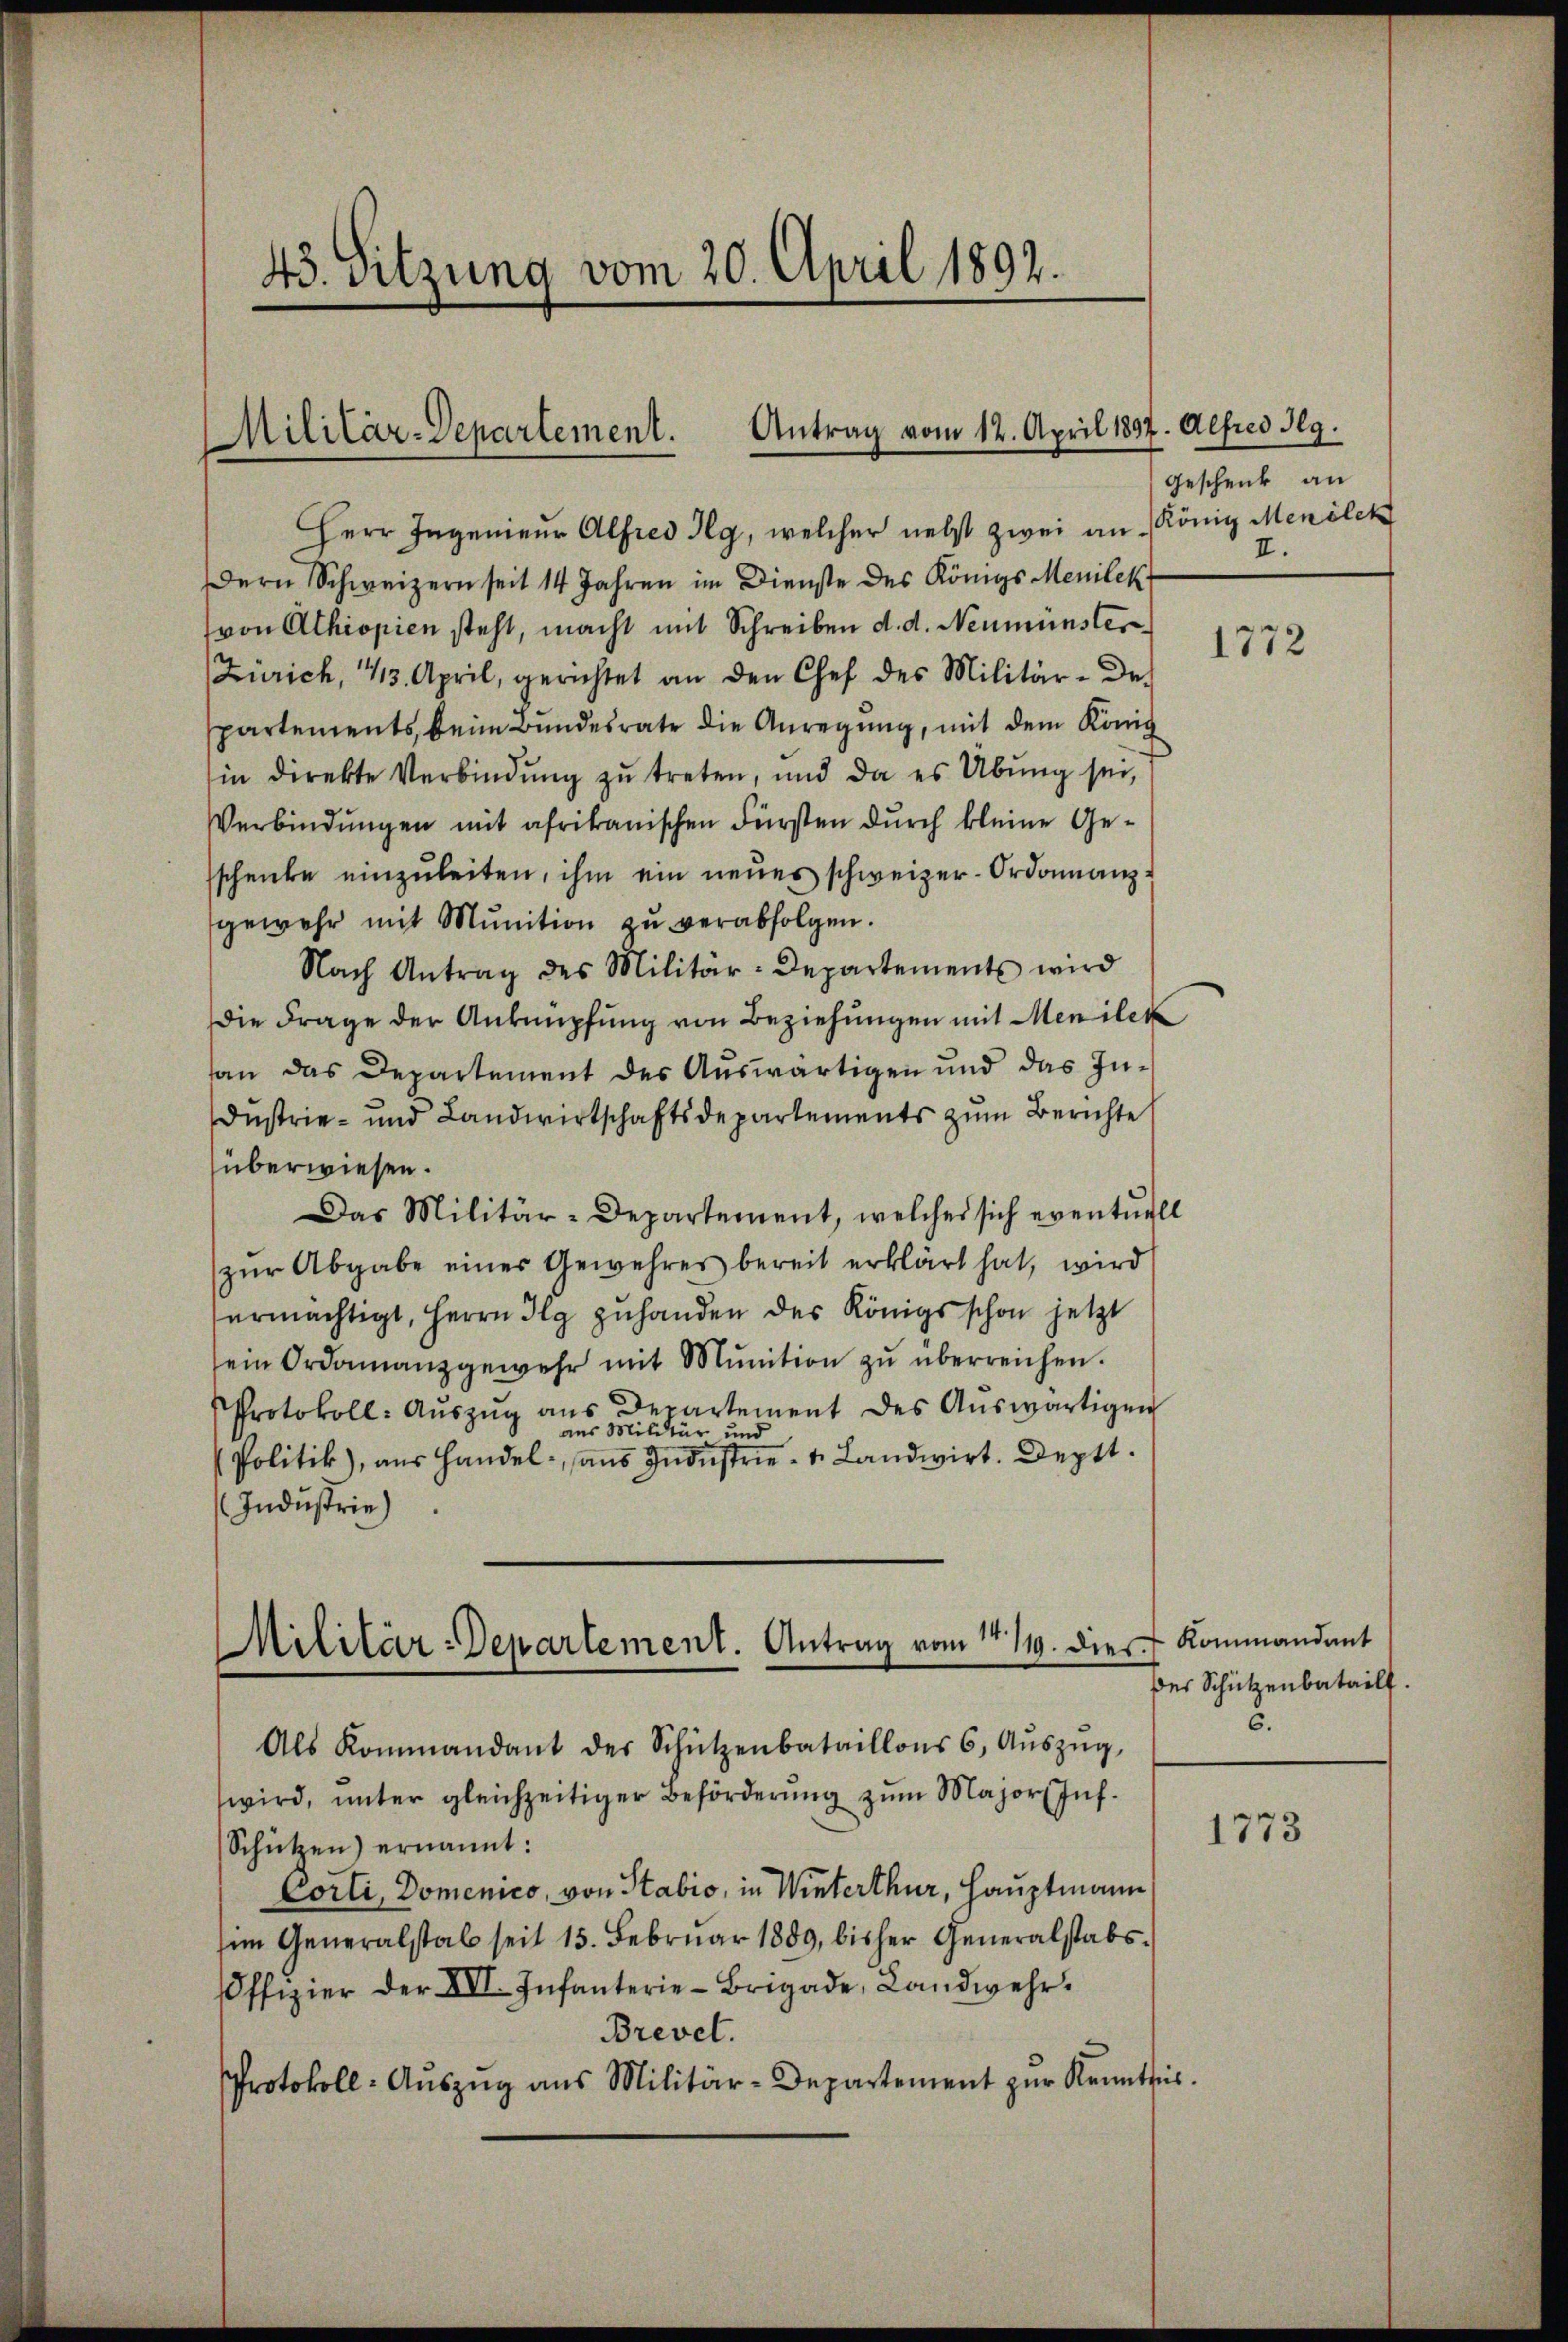
4. Sitzung vom 20. April 1892.

Antrag vom 12. April 1897. Alfred Mg.
Militär-Departement.

Militär-Departement. Antrag vom 14. 119. dies Kommandant

Herr Ingenieur Alfred kg, welcher nebst zwei an
Dern Schweizern seit 14 Jahren im Dienste des Königs Menilek
von Athiopien steht, macht mit Schreiben d. d. Neumünster
Zürich, 43. April, gerichtet an den Chef des Militär-de-
partements, beim Bundesrate die Anregung, mit dem König
in direkte Verbindŭng zŭ treten, und da es Übung sei,
Verbindungen mit afrikanischen Fürsten durch kleine Geschenke einzuleiten, ihm ein neues schweizer-Ordonanzgewehr mit Munition zŭ verabfolgen.
Nach Antrag des Militär-Departements wird
die Frage der Anknüpfung von Beziehungen mit Menilek
an das Departement des Auswärtigen und das In¬
Dustrie- und Landwirtschaftsdepartements zum Berichte
überwiesen.
Das Militär-Departement, welches sich eventuell
zŭr Abgabe einer Gewehres bereit erklärt hat, wird
ermächtigt, Herrn Ilg zuhanden des Königs schon jetzt
sein Ordinanzgewehr mit Munition zŭ überreichen.
Protokoll- Aŭszŭg ans Departement des Aŭswärtigen
aus Militär und
Politik), aus Handel, ans Industrie- u. Landwirt. Deptt.
Industrie)
Als Kommandant der Schützenbataillons 6. Aŭszŭg
wird, ŭnter gleichzeitiger Beförderŭng zŭm Major Inf.
Schützen) ernannt:
Corli, Domenico, von Stabio, in Winterthur, Hauptmann
im Generalstab seit 15. Febrŭar 1889, bisher Generalstabs-
Offizier der XII. Infanterie-Brigade, Landwehr.
Brevel.
Protokoll-Auszug aus Militär-Departement zur Kenntnis.

Geschenk an
König Menilek
I.

1772

Der Schützenbatailf.
6.

1773